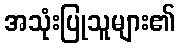
အသုံးပြုသူများ၏